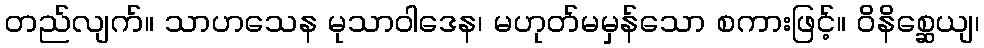
တည်လျက်။ သာဟသေန မုသာဝါဒေန၊ မဟုတ်မမှန်သော စကားဖြင့်။ ဝိနိစ္ဆေယျ၊